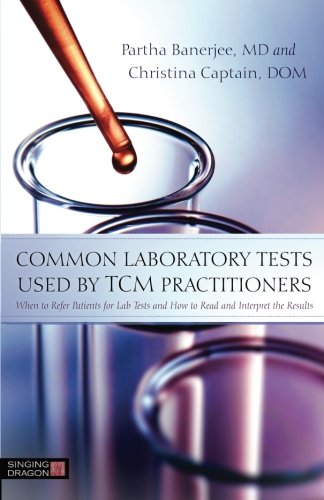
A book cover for Common Laboratory Tests Used by TCM Practitioners: When to Refer Patients for Lab Tests and How to Read and Interpret the Results; Christina Captain; Health, Fitness & Dieting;